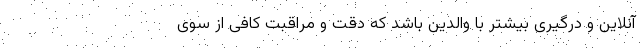
آنلاین و درگیری بیشتر با والدین باشد که دقت و مراقبت کافی از سوی